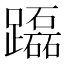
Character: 𨇒